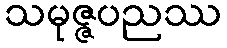
သမုဇ္ဇပညဿ